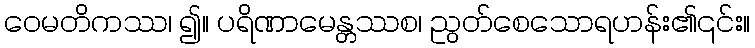
ဝေမတိကဿ၊ ၍။ ပရိဏာမေန္တဿစ၊ ညွတ်စေသောရဟန်း၏၎င်း။